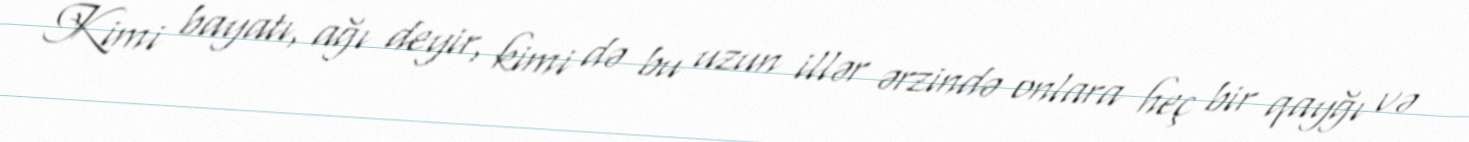
Kimi bayatı, ağı deyir, kimi də bu uzun illər ərzində onlara heç bir qayğı və